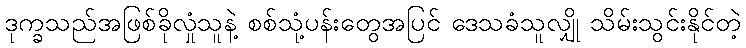
ဒုက္ခသည်အဖြစ်ခိုလှုံသူနဲ့ စစ်သုံ့ပန်းတွေအပြင် ဒေသခံသူလျှို သိမ်းသွင်းနိုင်တဲ့